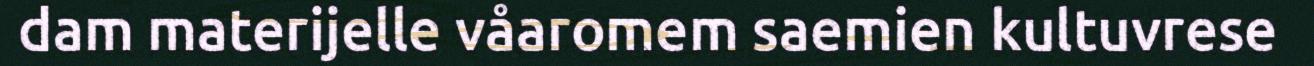
dam materijelle våaromem saemien kultuvrese